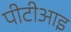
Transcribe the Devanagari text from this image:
पीटीआइ